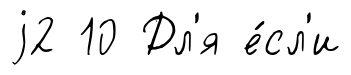
j2 10 Дл'я е́сл'и